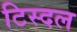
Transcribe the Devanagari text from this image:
टिस्दल